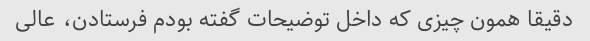
دقیقا همون چیزی که داخل توضیحات گفته بودم فرستادن، عالی